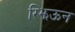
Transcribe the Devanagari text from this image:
रिझऊन